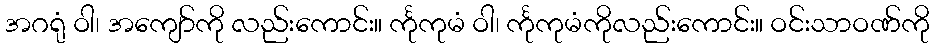
အဂရုံ ဝါ၊ အကျော်ကို လည်းကောင်း။ င်္ကုကုမံ ဝါ၊ င်္ကုကုမံကိုလည်းကောင်း။ ဝင်းသာဝဏ်ကို